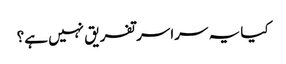
کیا یہ سراسر تفریق نہیں ہے؟